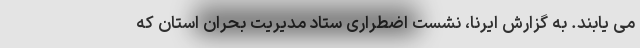
می یابند. به گزارش ایرنا، نشست اضطراری ستاد مدیریت بحران استان که